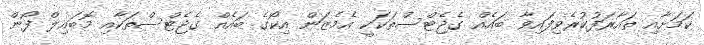
ކަމަށާއި ތައާރަފުކުރެވިފައިވާ ބައެއް ގެޖެޓްސްތަކަކީ އެމެޒަން އިކޯގެ ބައެއް ގެޖެޓްސްތަކާއި މޮބައިލް ފޯން